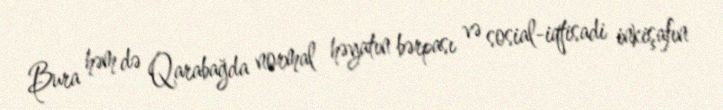
Bura həm də Qarabağda normal həyatın bərpası və sosial-iqtisadi inkişafın